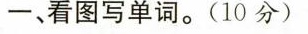
一、看图写单词。(10分)